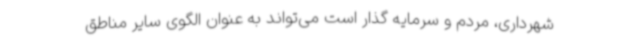
شهرداری، مردم و سرمایه گذار است می‌تواند به عنوان الگوی سایر مناطق